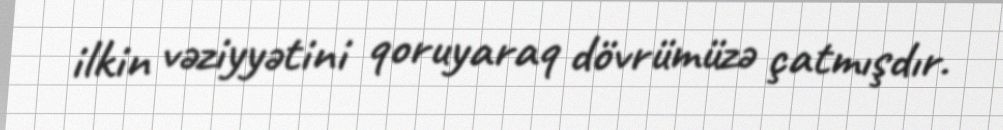
ilkin vəziyyətini qoruyaraq dövrümüzə çatmışdır.